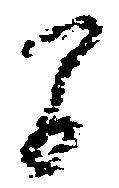
間